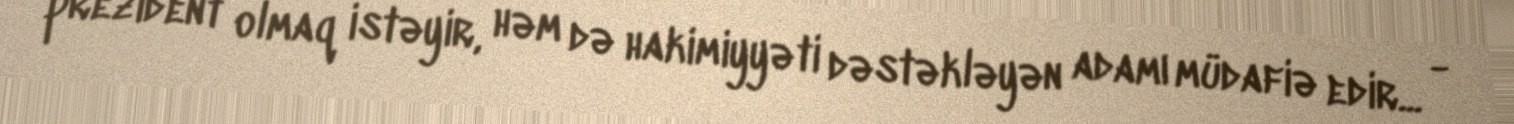
prezident olmaq istəyir, həm də hakimiyyəti dəstəkləyən adamı müdafiə edir... -